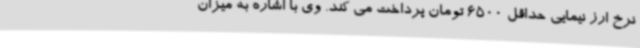
نرخ ارز نیمایی حداقل 6500 تومان پرداخت می کند. وی با اشاره به میزان